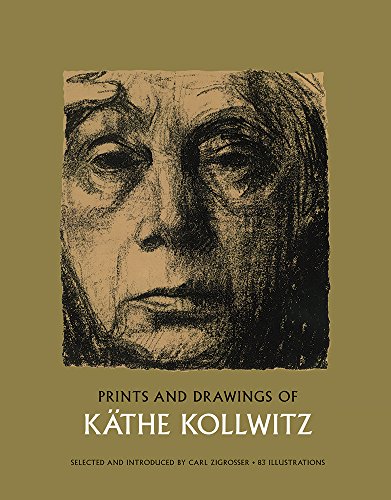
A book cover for Prints and Drawings of KÃ¤the Kollwitz (Dover Fine Art, History of Art); KÃ¤the Kollwitz; Arts & Photography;